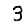
Digit: 3